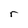
Character: r